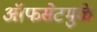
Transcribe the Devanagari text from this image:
ऑफसेटमुळे